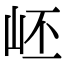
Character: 岯